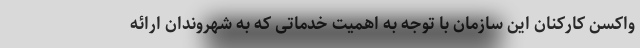
واکسن کارکنان این سازمان با توجه به اهمیت خدماتی که به شهروندان ارائه